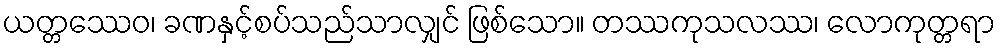
ယတ္တဿေဝ၊ ခဏနှင့်စပ်သည်သာလျှင် ဖြစ်သော။ တဿကုသလဿ၊ လောကုတ္တရာ